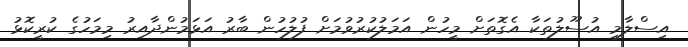
އިސްލާމީ އުސޫލުތަކާ އެގޮތަށް މީހުން އަމަލުކުރުވުމަށް ފުލުހުން ބާރު އަޅަމުންދާއިރު މިމަހުގެ ކުރީކޮޅު